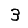
Digit: 3